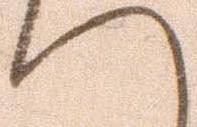
へ